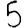
Digit: 5